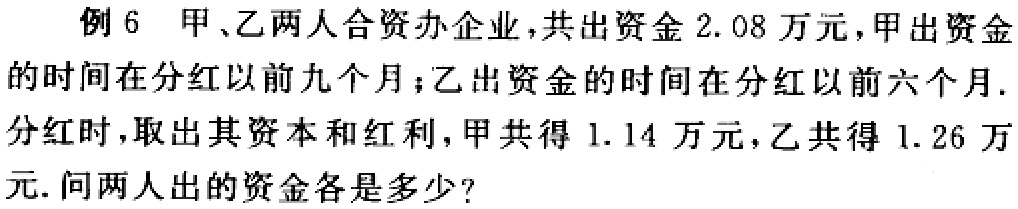
例6 甲、乙两人合资办企业，共出资金$2.08$万元，甲出资金的时间在分红以前九个月；乙出资金的时间在分红以前六个月. 分红时，取出其资本和红利，甲共得$1.14$万元，乙共得$1.26$万元. 问两人出的资金各是多少？